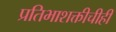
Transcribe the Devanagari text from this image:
प्रतिभाशक्तीचीही